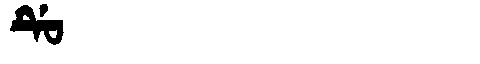
Manchu: ᡩᡠ
Romanization: DU